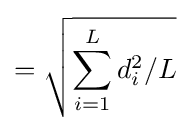
={\sqrt {\sum _{i=1}^{L}d_{i}^{2}/{L}}}